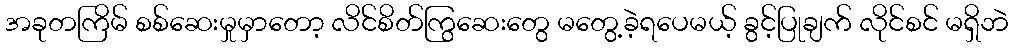
အခုတကြိမ် စစ်ဆေးမှုမှာတော့ လိင်စိတ်ကြွဆေးတွေ မတွေ့ခဲ့ရပေမယ့် ခွင့်ပြုချက် လိုင်စင် မရှိဘဲ